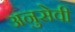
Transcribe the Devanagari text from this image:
अनुसेवी